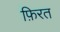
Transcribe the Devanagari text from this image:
फ़िरत